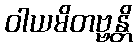
ဝါယမိတဗ္ဗန္တိ